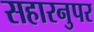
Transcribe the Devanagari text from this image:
सहारनुपर